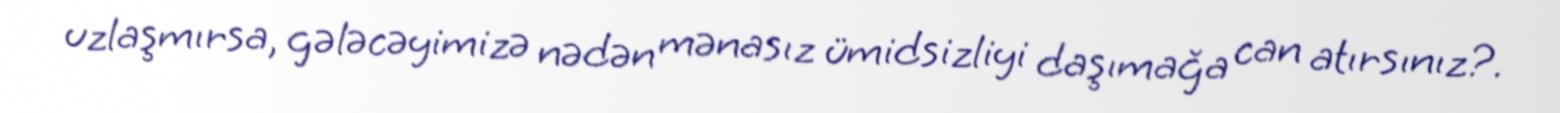
uzlaşmırsa, gələcəyimizə nədən mənasız ümidsizliyi daşımağa can atırsınız?.